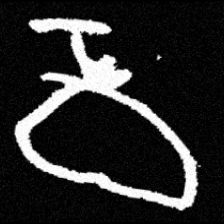
Pyu character \u2014 Myanmar letter: ဝ (romanized: wa)